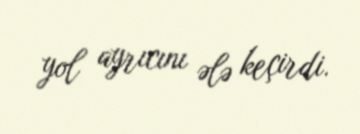
yol ayrıcını ələ keçirdi.